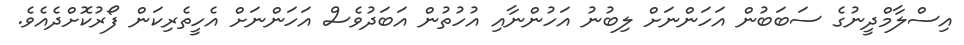
އިސްލާމްދީނުގެ ސަބަބުން އަހަންނަށް ލިބުނު އަހުންނާއި އުހުތުން އަބަދުވެސް އަހަންނަށް އެހީތެރިކަން ފޯރުކޮށްދެއެވެ.